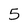
Character: 5